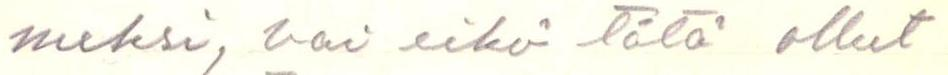
meksi, vai eikö tätä ollut